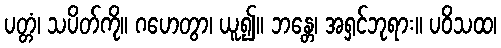
ပတ္တံ၊ သပိတ်ကို။ ဂဟေတွာ၊ ယူ၍။ ဘန္တေ၊ အရှင်ဘုရား။ ပဝိသထ၊